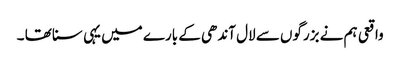
واقعی ہم نے بزرگوں سے لال آندھی کے بارے میں یہی سنا تھا ۔